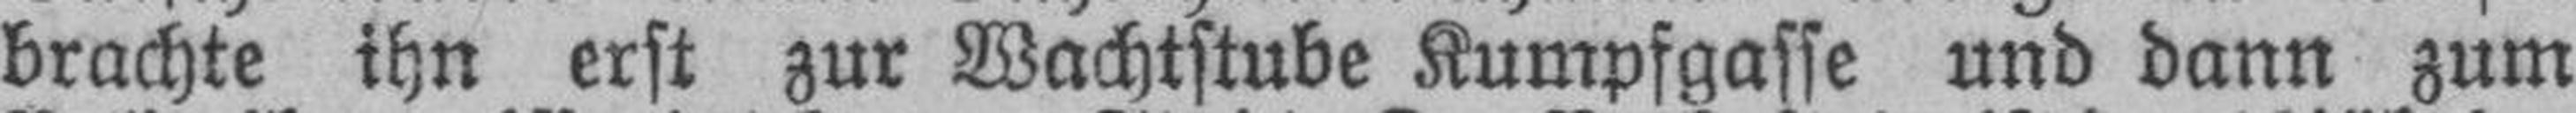
brachte ihn erst zur Wachtstube Kumpfgasse und dann zum